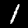
Digit: 1